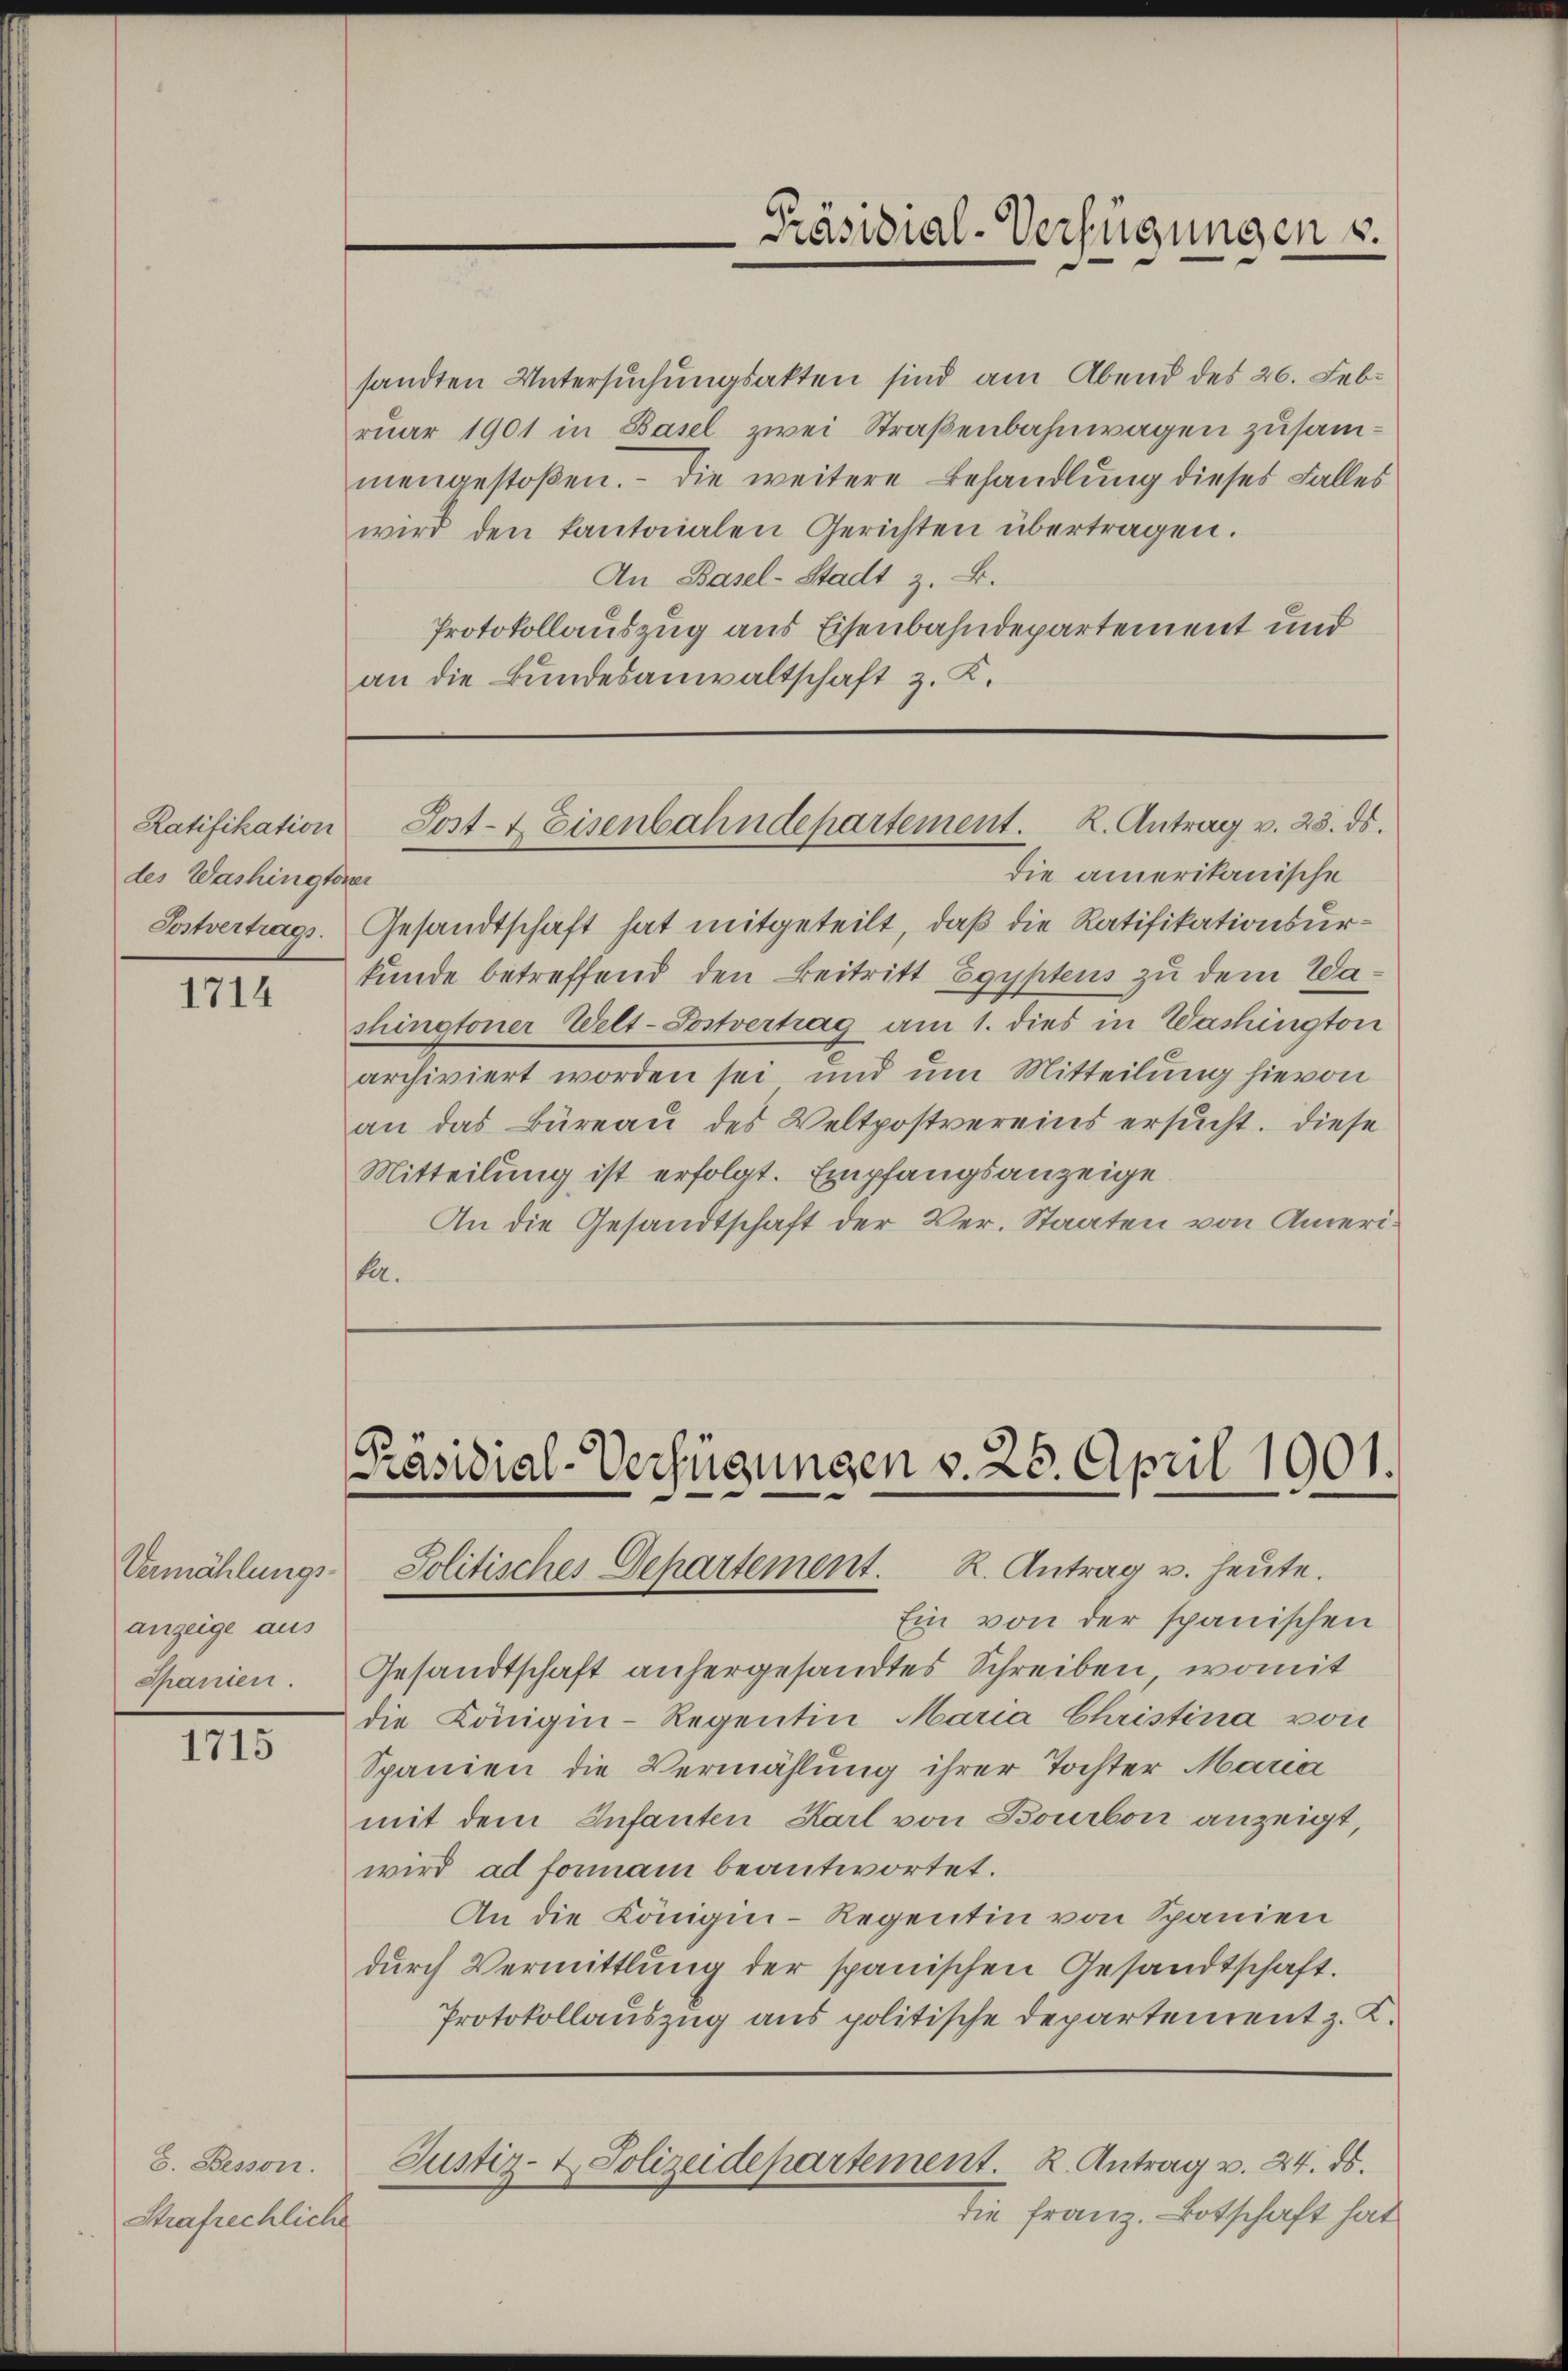
des Washingterer
Postvertrags.

1714

Vermählungs-
anzeige aus
Ganten.

1715

E. Beson
Strafrechliche

sandten Untersuchungsakten sind am Abend des 26. Febr.
ruar 1901 in Basel zwei Straßenbahnwagen zusammengestoßen. - Die weitere Behandlung dieses Falles
wird den kantonalen Gerichten übertragen.
An Basel-Stadt z. B.
Protokollauszug aus Eisenbahndepartement und
an die Bundesanwaltschaft z. K.

Präsidial-Verfügungen u.

die amerikanische
Gesandtschaft hat mitgeteilt, daß die Ratifikationsurkunde betreffend den Beitritt Egyptens zu dem Washingtoner Welt-Postvertrag am 1. dies in Washington
archiviert worden sei und um Mitteilung hievon
an das Büreaŭ des Veltpostvereins ersŭcht. Diese
Mitteilung ist erfolgt. Empfangsanzeige
An die Gesandtschaft der Ver-Staaten von Amerikr.

Ratifikation Post- & Eisenbahndepartement. K. Antrag v. 23. ds.

[Präsidial-Verfügungen v. 26. April 1901.
Jolitisches Departement. R. Antrag u. heute.

Ein von der spanischen
Gesandtschaft anhergesandtes Schreiben, womit
die Könige-Regentin Maria Christina von
Spanien die Vermählung ihrer Tochter Maria
mit dem Infanten Karl von Bourbon anzeigt,
wird ad formani beantwortet.
An die Königin-Regentin von Spanien
dŭrch Vermittlung der spanischen Gesandtschaft.
Protokollauszug aus politische Departement z. K.

die Franz. Botschaft hat

Justiz- & Polizeidepartement. R. Antrag v. 24. ds.